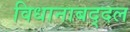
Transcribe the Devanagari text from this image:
विधानाबद्दल